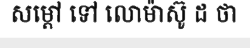
សម្តៅ ទៅ លោម៉ាស៊ូ ដ ថា